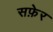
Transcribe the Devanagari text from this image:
सफ़ेर